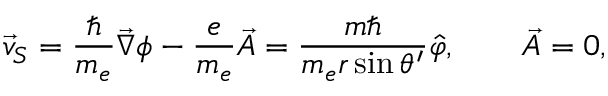
\vec { v } _ { S } = \frac { \hbar } { m _ { e } } \vec { \nabla } \phi - \frac { e } { m _ { e } } \vec { A } = \frac { m \hbar } { m _ { e } r \sin \theta ^ { \prime } } \hat { \varphi } , \qquad \vec { A } = 0 ,